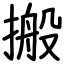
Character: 搬